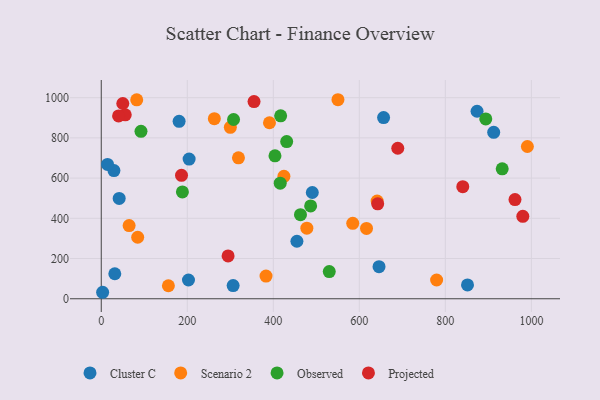
{"axis": {"x": "Engine Size", "y": "Salary"}, "legend": ["Cluster C", "Observed", "Projected", "Scenario 2"], "data": [{"x": "3.2", "y": 32.2, "type": "Cluster C"}, {"x": "912.4", "y": 827.7, "type": "Cluster C"}, {"x": "873.7", "y": 932.4, "type": "Cluster C"}, {"x": "181.0", "y": 882.6, "type": "Cluster C"}, {"x": "204.3", "y": 694.6, "type": "Cluster C"}, {"x": "29.5", "y": 637.5, "type": "Cluster C"}, {"x": "656.4", "y": 900.9, "type": "Cluster C"}, {"x": "454.9", "y": 285.9, "type": "Cluster C"}, {"x": "31.5", "y": 124.4, "type": "Cluster C"}, {"x": "490.7", "y": 528.5, "type": "Cluster C"}, {"x": "851.5", "y": 68.9, "type": "Cluster C"}, {"x": "14.6", "y": 668.1, "type": "Cluster C"}, {"x": "41.7", "y": 498.7, "type": "Cluster C"}, {"x": "202.8", "y": 93.2, "type": "Cluster C"}, {"x": "645.8", "y": 159.4, "type": "Cluster C"}, {"x": "306.6", "y": 65.3, "type": "Cluster C"}, {"x": "319.0", "y": 700.8, "type": "Scenario 2"}, {"x": "550.3", "y": 989.8, "type": "Scenario 2"}, {"x": "990.7", "y": 757.2, "type": "Scenario 2"}, {"x": "641.4", "y": 485.9, "type": "Scenario 2"}, {"x": "82.5", "y": 989.4, "type": "Scenario 2"}, {"x": "424.7", "y": 609.0, "type": "Scenario 2"}, {"x": "300.1", "y": 852.5, "type": "Scenario 2"}, {"x": "84.7", "y": 305.9, "type": "Scenario 2"}, {"x": "383.1", "y": 112.7, "type": "Scenario 2"}, {"x": "616.7", "y": 349.8, "type": "Scenario 2"}, {"x": "156.1", "y": 64.7, "type": "Scenario 2"}, {"x": "391.1", "y": 875.4, "type": "Scenario 2"}, {"x": "262.9", "y": 895.6, "type": "Scenario 2"}, {"x": "64.8", "y": 364.1, "type": "Scenario 2"}, {"x": "584.7", "y": 375.3, "type": "Scenario 2"}, {"x": "779.7", "y": 93.2, "type": "Scenario 2"}, {"x": "478.0", "y": 350.8, "type": "Scenario 2"}, {"x": "463.2", "y": 417.9, "type": "Observed"}, {"x": "431.1", "y": 781.8, "type": "Observed"}, {"x": "417.1", "y": 909.9, "type": "Observed"}, {"x": "307.6", "y": 891.4, "type": "Observed"}, {"x": "403.9", "y": 710.7, "type": "Observed"}, {"x": "932.2", "y": 646.1, "type": "Observed"}, {"x": "486.8", "y": 461.5, "type": "Observed"}, {"x": "92.4", "y": 832.6, "type": "Observed"}, {"x": "416.1", "y": 575.0, "type": "Observed"}, {"x": "188.7", "y": 531.1, "type": "Observed"}, {"x": "530.1", "y": 135.1, "type": "Observed"}, {"x": "894.0", "y": 894.4, "type": "Observed"}, {"x": "642.7", "y": 472.1, "type": "Projected"}, {"x": "55.8", "y": 914.7, "type": "Projected"}, {"x": "840.5", "y": 557.6, "type": "Projected"}, {"x": "689.4", "y": 748.4, "type": "Projected"}, {"x": "186.6", "y": 613.6, "type": "Projected"}, {"x": "980.1", "y": 409.7, "type": "Projected"}, {"x": "40.3", "y": 909.1, "type": "Projected"}, {"x": "961.9", "y": 493.0, "type": "Projected"}, {"x": "355.2", "y": 980.5, "type": "Projected"}, {"x": "50.1", "y": 971.1, "type": "Projected"}, {"x": "294.9", "y": 213.0, "type": "Projected"}]}